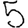
Digit: 5